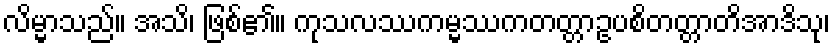
လိမ္မာသည်။ အသိ၊ ဖြစ်၏။ ကုသလဿကမ္မဿကတတ္တာဥပစိတတ္တာတိအာဒိသု၊